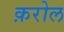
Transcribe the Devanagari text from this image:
क़रोल